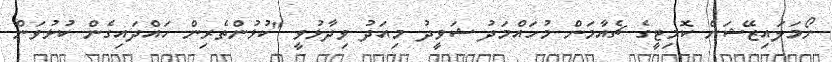
ނޯމަލައިޒޭޝަން ކޮމިޓީގެ ޗެއާމަން މުހައްމަދު ޝަވީދު މިއަދު ވިދާޅުވީ "ކުޅުންތެރިން ހައްދައިގެން ކުޅުވަން